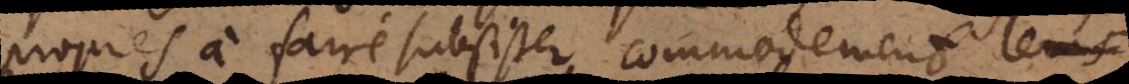
propres à faire subsister commodement leu